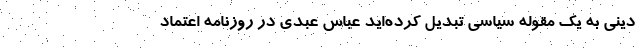
دینی به یک مقوله سیاسی تبدیل کرده‌اید عباس عبدی در روزنامه اعتماد